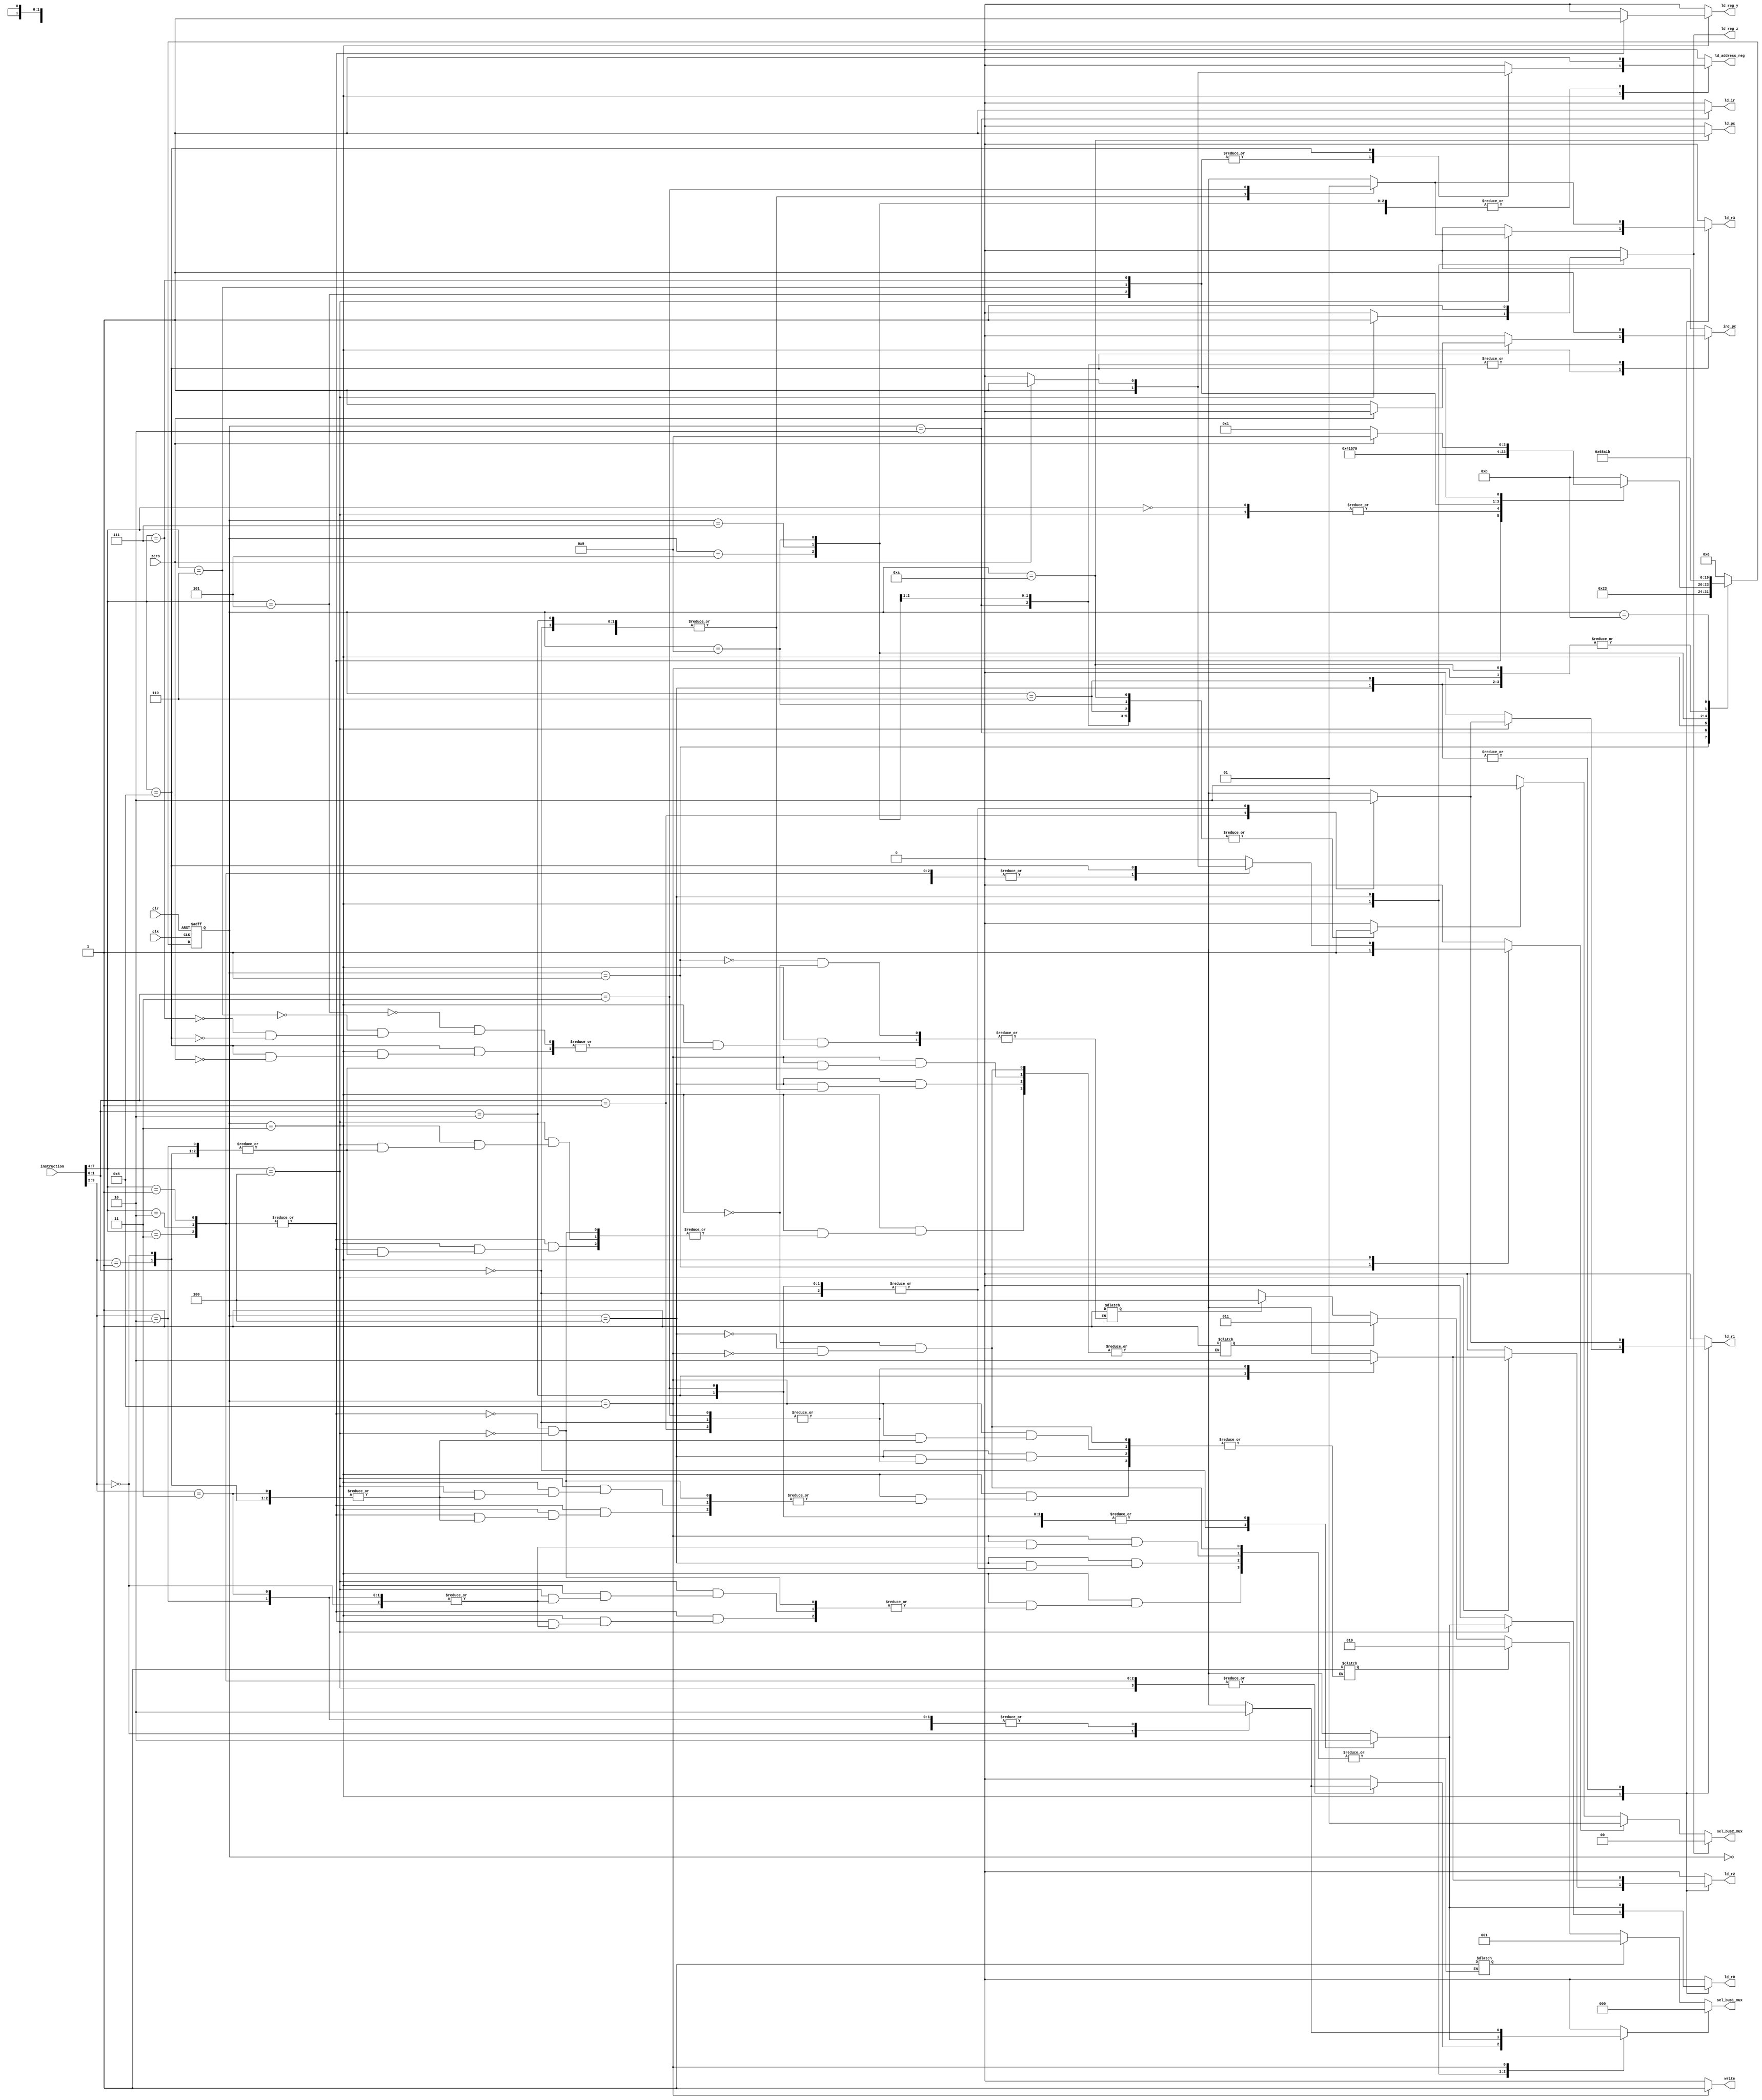
module control_unit(
    ld_r0,
    ld_r1,
    ld_r2,
    ld_r3,
    ld_pc,
    inc_pc,
    sel_bus1_mux,
    sel_bus2_mux,
    ld_ir,
    ld_address_reg,
    ld_reg_y,
    ld_reg_z,
    write,
    instruction,
    zero,
    clk,
    clr
);

parameter DATAWIDTH = 8;
parameter opcode_size = 4;
parameter state_size = 4;

parameter src_size = 2;
parameter dest_size = 2;
parameter sel1_size = 3;
parameter sel2_size = 2;

// State codes

parameter idle = 0;
parameter fetch1 = 1;
parameter fetch2 = 2;
parameter decode = 3;
parameter execute = 4;
parameter read1 = 5;
parameter read2 = 6;
parameter write1 = 7;
parameter write2 = 8;
parameter branch1 = 9;
parameter branch2 = 10;
parameter halt = 11;

// Op-codes

parameter NOP = 0;
parameter ADD = 1;
parameter SUB = 2;
parameter AND = 3;
parameter NOT = 4;
parameter RD = 5;
parameter WR = 6;
parameter BR = 7;
parameter BRZ = 8;

// Source & Destination codes

parameter R0 = 0;
parameter R1 = 1;
parameter R2 = 2;
parameter R3 = 3;

output reg ld_r0, ld_r1, ld_r2, ld_r3, ld_pc, inc_pc, ld_ir, ld_address_reg, ld_reg_y, ld_reg_z, write;
output [sel1_size - 1:0] sel_bus1_mux;
output [sel2_size - 1:0] sel_bus2_mux;
input [DATAWIDTH - 1:0] instruction;
input zero, clk, clr;

reg [state_size - 1:0] state, next_state;
reg error_flag, sel_alu, sel_bus1, sel_mem, sel_r0, sel_r1, sel_r2, sel_r3, sel_pc;

wire [opcode_size - 1:0] opcode = instruction [DATAWIDTH - 1:DATAWIDTH - opcode_size];
wire [src_size - 1:0] src = instruction [src_size + dest_size - 1:dest_size];
wire [dest_size - 1:0] dest = instruction [dest_size - 1:0];

// Mux selectors

assign sel_bus1_mux [sel1_size - 1:0] = sel_r0 ? 0 : sel_r1 ? 1 : sel_r2 ? 2 : sel_r3 ? 3 : sel_pc ? 4 : 3'bx;
assign sel_bus2_mux [sel2_size - 1:0] = sel_alu ? 0 : sel_bus1 ? 1 : sel_mem ? 2 : 2'bx;

always @ (posedge clk or negedge clr)
begin
    if(!clr)
        state <= idle;
    else
        state <= next_state;
end

always @(state or opcode or src or dest or zero) begin
    sel_r0 = 0;
    sel_r0 = 0;
    sel_r0 = 0;
    sel_r0 = 0;
    sel_r0 = 0;

    ld_r0 = 0;
    ld_r1 = 0;
    ld_r2 = 0;
    ld_r3 = 0;

    ld_pc = 0;
    ld_ir = 0;
    ld_address_reg = 0;
    ld_reg_y = 0;
    ld_reg_z = 0;
    inc_pc = 0;
    sel_bus1 = 0;
    sel_alu = 0;
    sel_mem = 0;
    write = 0;
    error_flag = 0;
    next_state = state;

    case(state)
        idle: next_state = fetch1;
        fetch1: begin
            next_state = fetch2;
            sel_pc = 1;
            sel_bus1 = 1;
            ld_address_reg = 1;
        end

        fetch2: begin
            next_state = decode;
            sel_mem = 1;
            ld_ir = 1;
            inc_pc = 1;
        end

        decode: case (opcode)
                    NOP: next_state = fetch1;
                    ADD, SUB, AND: begin
                        next_state = execute;
                        sel_bus1 = 1;
                        ld_reg_y = 1;
                    case (src)
                        R0: sel_r0 = 1;
                        R1: sel_r1 = 1;
                        R2: sel_r2 = 1;
                        R3: sel_r3 = 1;
                        default: error_flag = 1;  
                    endcase
                    end

                    NOT: begin
                        next_state = fetch1;
                        ld_reg_z = 1;
                        sel_bus1 = 1;
                        sel_alu = 1;
                        case (src)
                        R0: sel_r0 = 1;
                        R1: sel_r1 = 1;
                        R2: sel_r2 = 1;
                        R3: sel_r3 = 1;
                        default: error_flag = 1;      
                        endcase

                    case (dest)
                        R0: ld_r0 = 1;
                        R1: ld_r1 = 1;
                        R2: ld_r2 = 1;
                        R3: ld_r3 = 1;
                        default: error_flag = 1;       
                    endcase
                    end
                    RD: begin
                        next_state = read1;
                        sel_pc = 1;
                        sel_bus1 = 1;
                        ld_address_reg = 1;
                    end

                    WR: begin
                        next_state = write1;
                        sel_pc = 1;
                        sel_bus1 = 1;
                        ld_address_reg = 1;
                    end

                    BR: begin
                        next_state = branch1;
                        sel_pc = 1;
                        sel_bus1 = 1;
                        ld_address_reg = 1;
                    end

                    BRZ: if(zero == 1) begin
                        next_state = branch1;
                        sel_pc = 1;
                        sel_bus1 = 1;
                        ld_address_reg = 1;
                    end
                    else begin
                        next_state = fetch1;
                        inc_pc = 1;
                    end
                    default: next_state = halt;
                endcase

        execute: begin
            next_state = fetch1;
            ld_reg_z = 1;
            sel_alu = 1;
            case(dest)
                R0: begin sel_r0 = 1; ld_r0 = 1; end
                R1: begin sel_r1 = 1; ld_r1 = 1; end
                R2: begin sel_r2 = 1; ld_r2 = 1; end
                R3: begin sel_r3 = 1; ld_r3 = 1; end
                default: error_flag = 1;
        endcase
        end

        read1: begin
            next_state = read2;
            sel_mem = 1;
            ld_address_reg = 1;
            inc_pc = 1;
        end

        write1: begin
            next_state = write2;
            sel_mem = 1;
            ld_address_reg = 1;
            inc_pc = 1;
        end 

        read2: begin
            next_state = fetch1;
            sel_mem = 1;
            case (dest)
                R0: ld_r0 = 1; 
                R1: ld_r1 = 1; 
                R2: ld_r2 = 1; 
                R3: ld_r3 = 1; 
                default: error_flag = 1;
            endcase
        end

        write2: begin
            next_state = fetch1;
            write = 1;
            case (src)
            R0: sel_r0 = 1;
            R1: sel_r1 = 1;
            R2: sel_r2 = 1;
            R3: sel_r3 = 1;
            default: error_flag = 1;  
            endcase
        end

        branch1: begin
            next_state = branch2;
            sel_mem = 1;
            ld_address_reg = 1;
        end

        branch2: begin
            next_state = fetch1;
            sel_mem = 1;
            ld_pc = 1;
        end

        halt: next_state = halt;
        default: next_state = idle;
endcase
end
endmodule